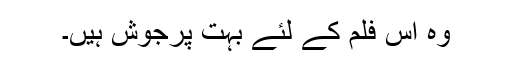
وہ اس فلم کے لئے بہت پرجوش ہیں۔